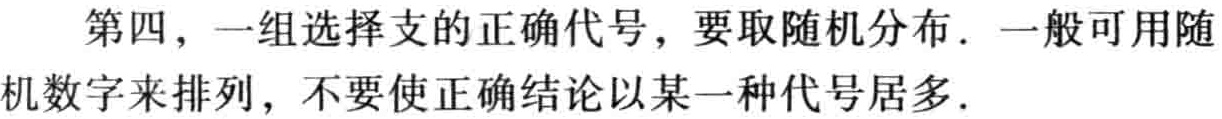
第四，一组选择支的正确代号，要取随机分布．一般可用随机数字来排列，不要使正确结论以某一种代号居多．